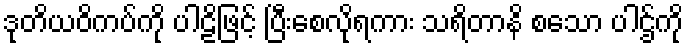
ဒုတိယဝိကပ်ကို ပါဠိဖြင့် ပြီးစေလိုရကား သရိတာနိ စသော ပါဌ်ကို